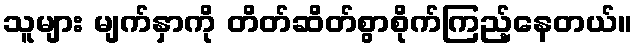
သူများ မျက်နှာကို တိတ်ဆိတ်စွာစိုက်ကြည့်နေတယ်။